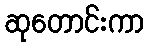
ဆုတောင်းကာ